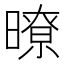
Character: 暸